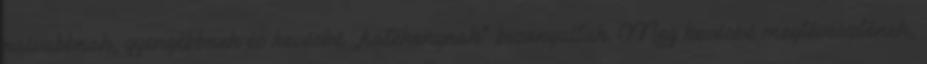
naivabbnak, gyengébbnek és kevésbé „hatékonynak” bizonyultak. Meg kevésbé megtévesztőnek,